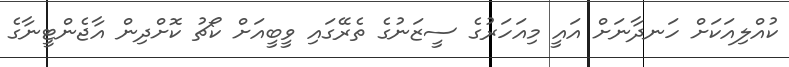
ކުއްލިއަކަށް ހަނދާނަށް އައީ މިއަހަރުގެ ސީޒަނުގެ ތެރޭގައި ވީބީއަށް ކޯޗު ކޮށްދިން އާޖެންޓީނާގެ